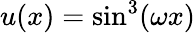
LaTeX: u(x)=\mathrm{sin}^{3}(\omega x)